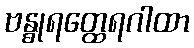
ဗန္ဓုရတ္ထေရဂါထာ